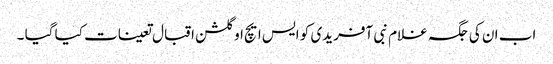
اب ان کی جگہ غلام نبی آفریدی کو ایس ایچ او گلشن اقبال تعینات کیا گیا ۔